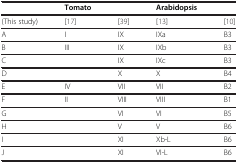
<table><thead><tr><td><b> </b></td><td><b>Tomato</b></td><td><b> </b></td><td><b>Arabidopsis</b></td><td><b> </b></td></tr></thead><tbody><tr><td>(This study)</td><td>[17]</td><td>[39]</td><td>[13]</td><td>[10]</td></tr><tr><td>A</td><td>I</td><td>IX</td><td>IXa</td><td>B3</td></tr><tr><td>B</td><td>III</td><td>IX</td><td>IXb</td><td>B3</td></tr><tr><td>C</td><td> </td><td>IX</td><td>IXc</td><td>B3</td></tr><tr><td>D</td><td> </td><td>X</td><td>X</td><td>B4</td></tr><tr><td>E</td><td>IV</td><td>VII</td><td>VII</td><td>B2</td></tr><tr><td>F</td><td>II</td><td>VIII</td><td>VIII</td><td>B1</td></tr><tr><td>G</td><td> </td><td>VI</td><td>VI</td><td>B5</td></tr><tr><td>H</td><td> </td><td>V</td><td>V</td><td>B6</td></tr><tr><td>I</td><td> </td><td>XI</td><td>Xb-L</td><td>B6</td></tr><tr><td>J</td><td> </td><td>XI</td><td>VI-L</td><td>B6</td></tr></tbody></table>